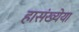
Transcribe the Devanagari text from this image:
हासंख्येया